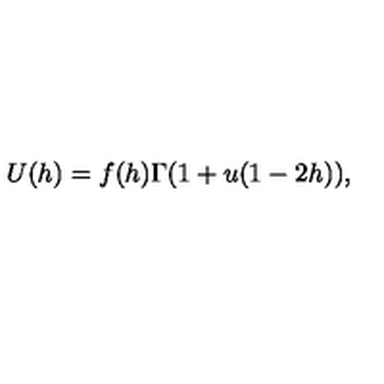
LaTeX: U ( h ) = f ( h ) \Gamma ( 1 + u ( 1 - 2 h ) ) ,